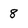
Character: 8